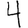
Digit: 4